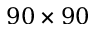
9 0 \times 9 0